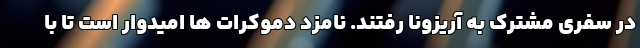
در سفری مشترک به آریزونا رفتند. نامزد دموکرات ها امیدوار است تا با